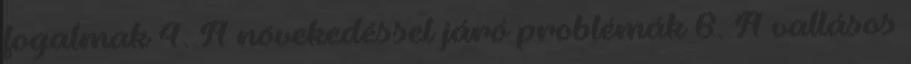
fogalmak 4. A növekedéssel járó problémák 6. A vallásos